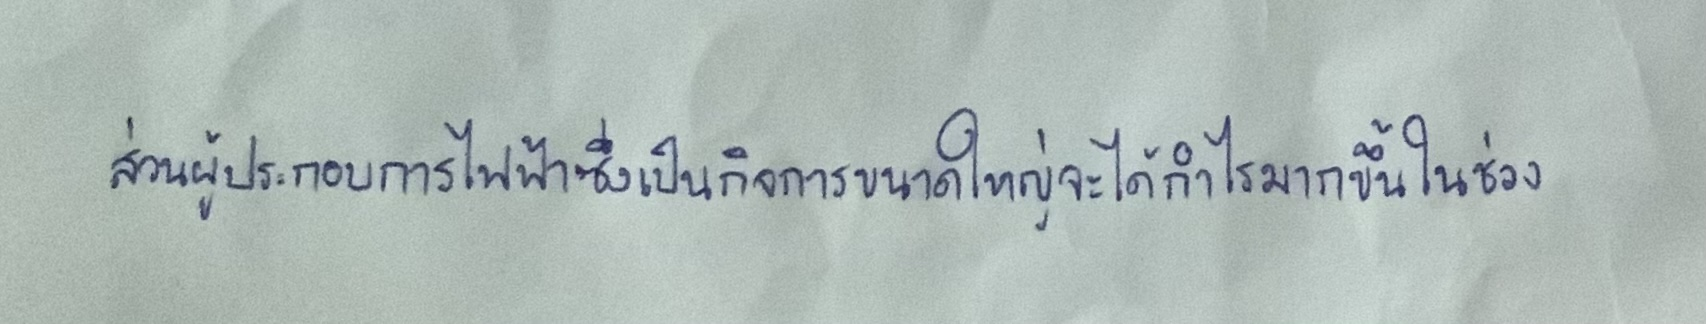
ส่วนผู้ประกอบการไฟฟ้าซึ่งเป็นกิจการขนาดใหญ่จะได้กำไรมากขึ้นในช่วง